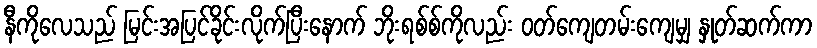
နီကိုလေသည် မြင်းအပြင်ခိုင်းလိုက်ပြီးနောက် ဘိုးရစ်စ်ကိုလည်း ဝတ်ကျေတမ်းကျေမျှ နှုတ်ဆက်ကာ